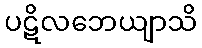
ပဋိလဘေယျာသိ